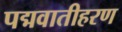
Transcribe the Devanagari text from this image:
पद्मवातीहरण